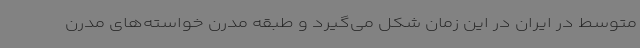
متوسط در ایران در این زمان شکل می‌گیرد و طبقه مدرن خواسته‌های مدرن